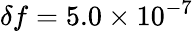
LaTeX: \delta f=5.0\times 10^{-7}